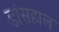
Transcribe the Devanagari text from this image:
डांसहाल